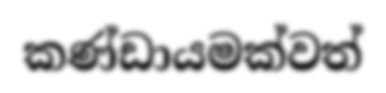
කණ්ඩායමක්වත්